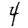
Digit: 4